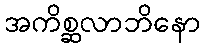
အကိစ္ဆလာဘိနော